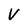
Character: V